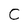
Character: C